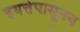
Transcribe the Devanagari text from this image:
इयत्तेपासूनच